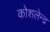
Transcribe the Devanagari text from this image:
कोशलेन्द्र